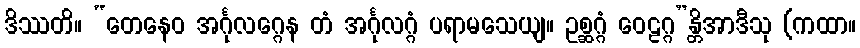
ဒိဿတိ။ “တေနေဝ အင်္ဂုလဂ္ဂေန တံ အင်္ဂုလဂ္ဂံ ပရာမသေယျ။ ဥစ္ဆဂ္ဂံ ဝေဠဂ္ဂ”န္တိအာဒီသု (ကထာ။